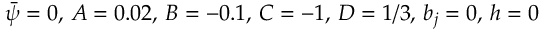
\bar { \psi } = 0 , \, A = 0 . 0 2 , \, B = - 0 . 1 , \, C = - 1 , \, D = 1 / 3 , \, b _ { j } = 0 , \, h = 0